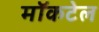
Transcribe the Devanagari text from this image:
मॉकटेल